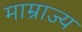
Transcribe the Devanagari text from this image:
माम्राज्य